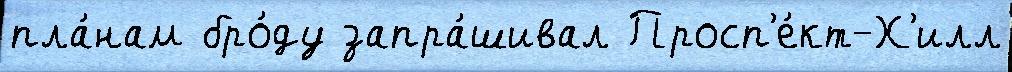
пла́нам бро́ду запра́шивал Просп'е́кт-Х'илл